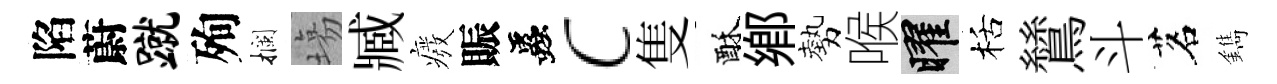
陷蔚蹴殉攔塲臧癈賑蟲c隻酥鄕勢喉曜栝鷥斗茗鐫